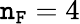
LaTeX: \mathtt{n_{F}}=4